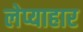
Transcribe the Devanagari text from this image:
लेप्याहार